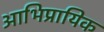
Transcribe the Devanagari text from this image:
आभिप्रायिक